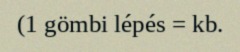
(1 gömbi lépés = kb.